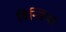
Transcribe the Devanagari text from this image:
विन्सियर